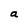
Character: a